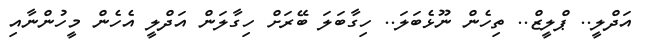
އަދްލީ.. ޕްލީޒް.. ތިހެން ނޫޅެބަލަ.. ހިގާބަލަ ބޭރަށް ހިގާލަން އަދްލީ އެހެން މީހުންނާއި